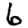
Digit: 6